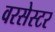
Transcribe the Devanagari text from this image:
वरसेस्टर